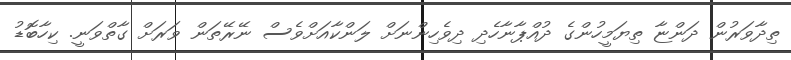
ތިދާވަރުން ދަންޏާ ތިޔަމީހުންގެ ދުއްޕާނާހެދި ދިވެހިންނަށް ލަންކާއަށްވެސް ނޭރޭތަން ވަރަށް ގާތްވަނީ. ކިހާބޮޑު